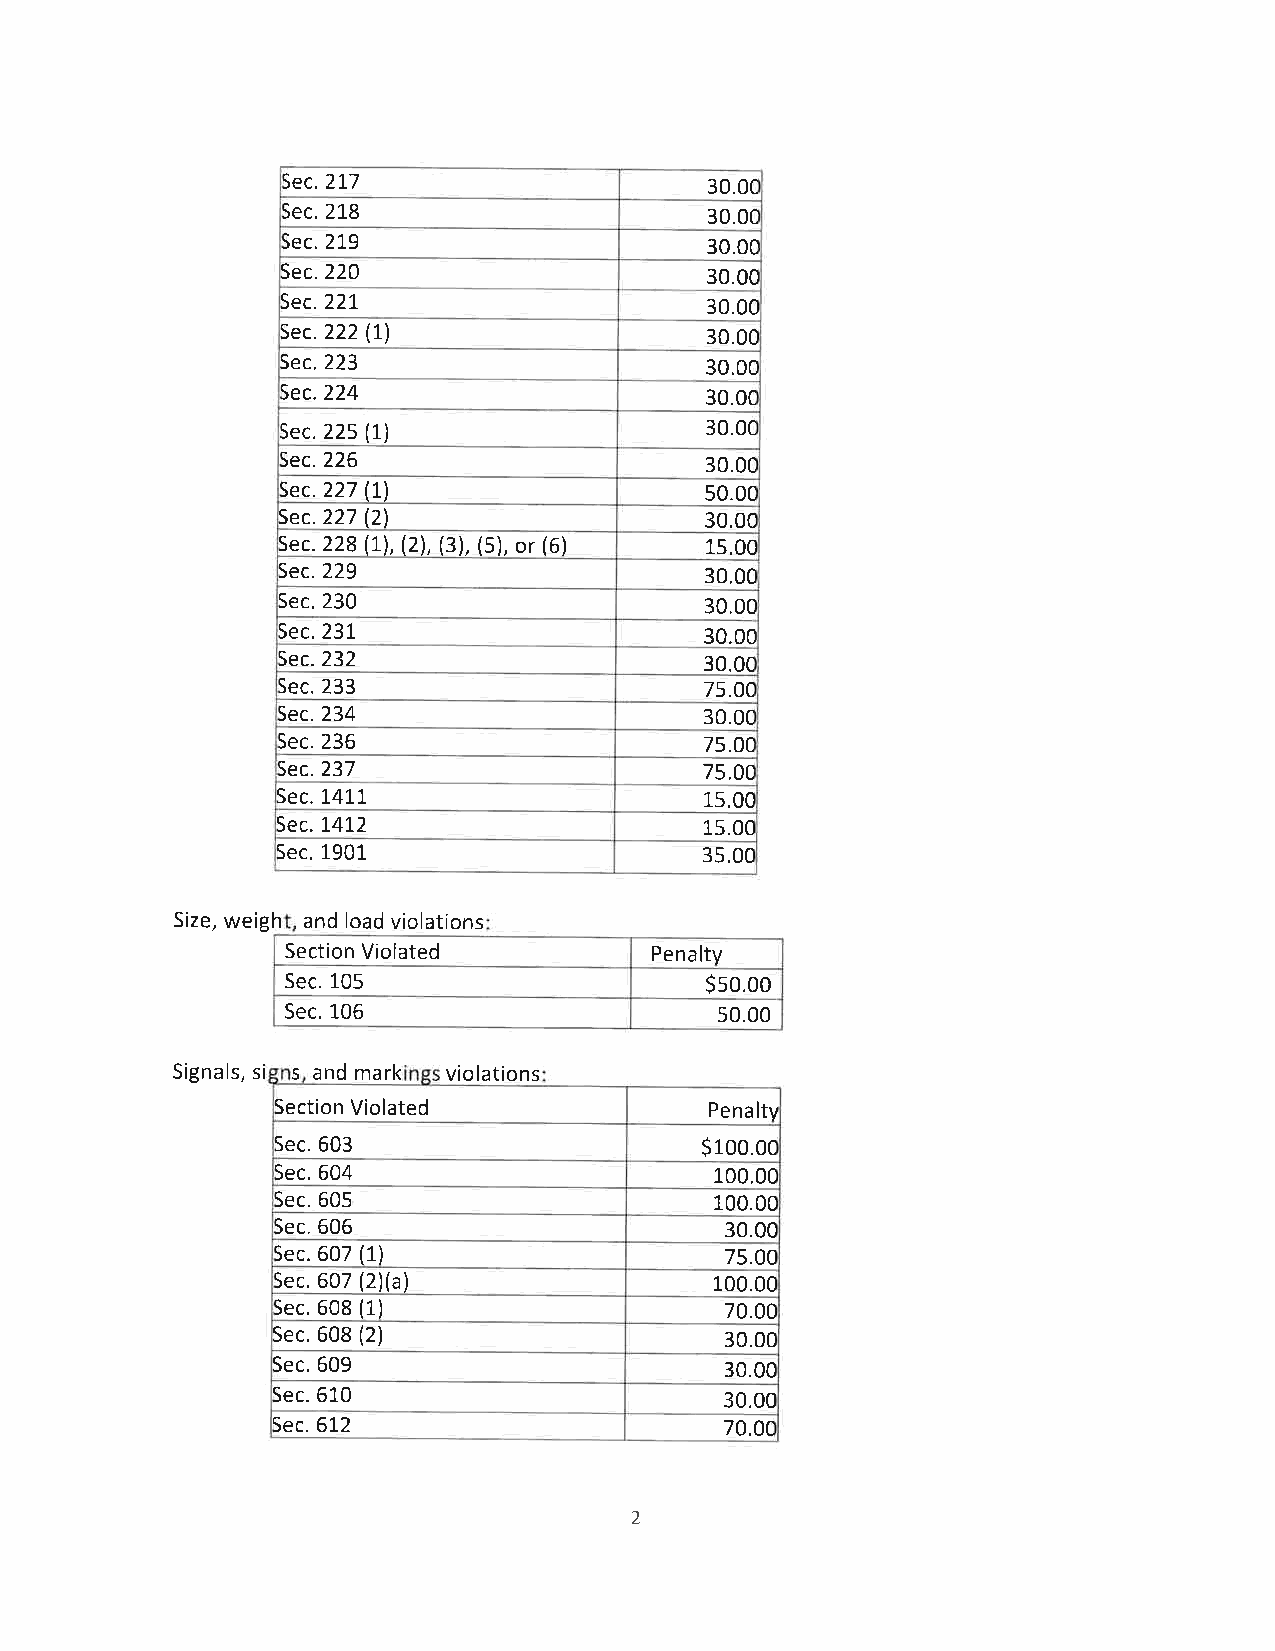
Sec.217                     30.0c
 Sec. 2L8                    30.0c
 lec.219
 30.0c
 Sec. 220                    30.0c
 Sec.221
 30.00
 Sec.222 (I)                 30.00
 Sec. 223                    30.00
 Sec.224                     30.0c
 Sec. 225 (1)                30.0c
 iec.226
 30.0c
 )ec.227 (1)                 50.0c
 Sec.227 (21                 30.0c
 Sec. 228 (I), (2), (3), (5), or (6) 15.0C
 Sec. 229                    30.00
 Sec. 230                    30.00
 Sec. 231                    30.00
 iec.232
 30.0c
 Sec. 233                    75.0C
 Sec.234                     30.0c
 Sec. 236                    75.OC
 iec.237
 75.0C
 Sec. 14L1                    15.0C
 Sec.1,412                    15.00
 Sec. 1901                    35.00
 Size, weigh and load violations
 Section Violated        Penalty
 Sec. 105                    Sso.oo
 Sec. 1-06                    50.00
 Signals, si s and mark violations
 Section Violated             Penaltv
 Sec. 603                     Sroo.oc
 Sec. 604                     t_00.0c
 Sec. 605                     100.0c
 Sec. 606                      30.0c
 Sec. 607 (1)                  75.00
 sec. 607 (2)(a)              100.00
 Sec. 608 (1)                  70.00
 Sec. 608 (2)                  30.00
 Sec. 609                      30.00
 Sec. 610                      30,00
 Sec. 512                      70.0c
 2